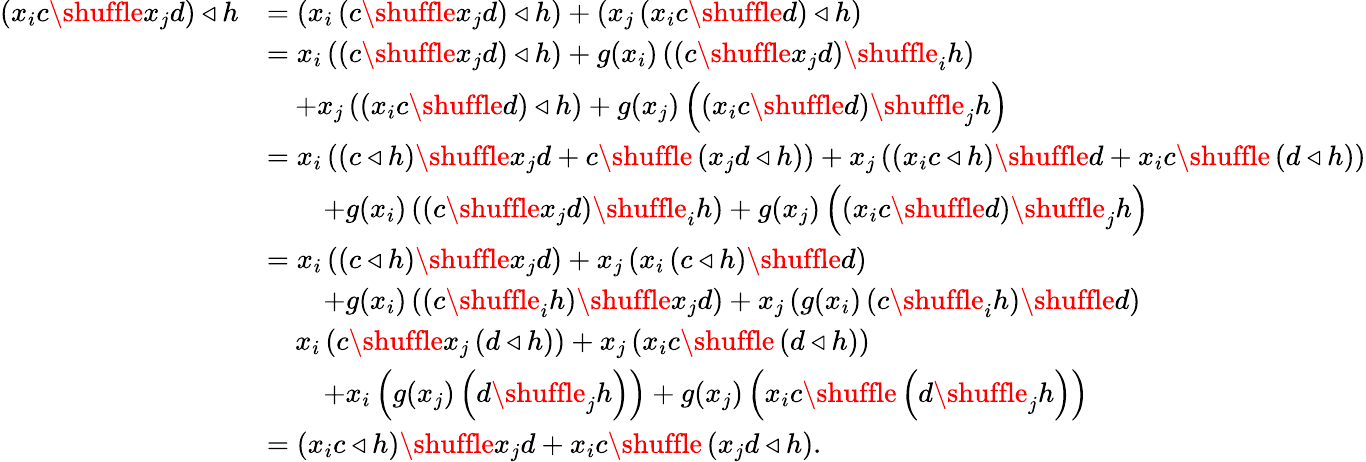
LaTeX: \begin{array}{rl}{\left(x_{i}c\shuffle x_{j}d\right)\triangleleft h}&{=\left(x_{i}\left(c\shuffle x_{j}d\right)\triangleleft h\right)+\left(x_{j}\left(x_{i}c\shuffle d\right)\triangleleft h\right)}\\ &{=x_{i}\left(\left(c\shuffle x_{j}d\right)\triangleleft h\right)+g(x_{i})\left(\left(c\shuffle x_{j}d\right)\shuffle_{i}h\right)}\\ &{\quad+x_{j}\left(\left(x_{i}c\shuffle d\right)\triangleleft h\right)+g(x_{j})\left(\left(x_{i}c\shuffle d\right)\shuffle_{j}h\right)}\\ &{=x_{i}\left(\left(c\triangleleft h\right)\shuffle x_{j}d+c\shuffle\left(x_{j}d\triangleleft h\right)\right)+x_{j}\left(\left(x_{i}c\triangleleft h\right)\shuffle d+x_{i}c\shuffle\left(d\triangleleft h\right)\right)}\\ &{\quad\quad+g(x_{i})\left(\left(c\shuffle x_{j}d\right)\shuffle_{i}h\right)+g(x_{j})\left(\left(x_{i}c\shuffle d\right)\shuffle_{j}h\right)}\\ &{=x_{i}\left(\left(c\triangleleft h\right)\shuffle x_{j}d\right)+x_{j}\left(x_{i}\left(c\triangleleft h\right)\shuffle d\right)}\\ &{\quad\quad+g(x_{i})\left(\left(c\shuffle_{i}h\right)\shuffle x_{j}d\right)+x_{j}\left(g(x_{i})\left(c\shuffle_{i}h\right)\shuffle d\right)}\\ &{\quad x_{i}\left(c\shuffle x_{j}\left(d\triangleleft h\right)\right)+x_{j}\left(x_{i}c\shuffle\left(d\triangleleft h\right)\right)}\\ &{\quad\quad+x_{i}\left(g(x_{j})\left(d\shuffle_{j}h\right)\right)+g(x_{j})\left(x_{i}c\shuffle\left(d\shuffle_{j}h\right)\right)}\\ &{=\left(x_{i}c\triangleleft h\right)\shuffle x_{j}d+x_{i}c\shuffle\left(x_{j}d\triangleleft h\right).}\end{array}